Source: Handwritten
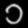
Digit: ၁ (1)